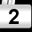
Digit: 2